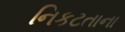
નિકટતાના